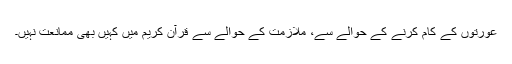
عورتوں کے کام کرنے کے حوالے سے، ملازمت کے حوالے سے قرآن کریم میں کہیں بھی ممانعت نہیں۔